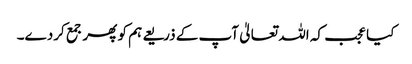
کیا عجب کہ اللہ تعالیٰ آپ کے ذریعے ہم کو پھر جمع کردے۔